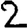
Digit: 2